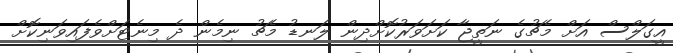
އީގަލްސް އަށް މެޗުގެ ނަތީޖާ ކަށަވަރުކޮށްދިން ލަނޑު މެޗު ނިމެން ދެ މިނެޓަށްވެފައިވަނިކޮށް